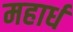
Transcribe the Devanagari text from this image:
महार्ध